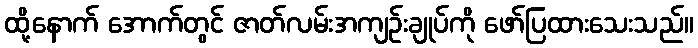
ထို့နောက် အောက်တွင် ဇာတ်လမ်းအကျဉ်းချုပ်ကို ဖော်ပြထားသေးသည်။